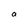
Character: a